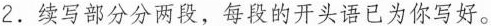
2.续写部分分两段,每段的开头语已为你写好。